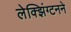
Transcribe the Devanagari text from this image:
लेक्झिंग्टनने